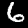
Digit: 6